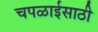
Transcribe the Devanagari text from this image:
चपळाईसाठी